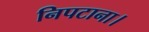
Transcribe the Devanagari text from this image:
निपटाना।